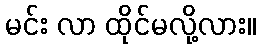
မင်း လာ ထိုင်မလို့လား။